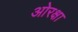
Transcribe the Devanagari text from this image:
ओरक्षा